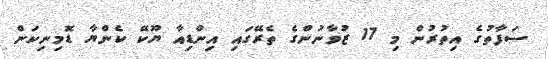
ސަފާތުގެ އިތުރުން މި 17 ޒުވާނުންގެ ތެރޭގައި އިންޑިއާ ޔޫކޭ ކެންޔާ ޑޮމިނިކަން